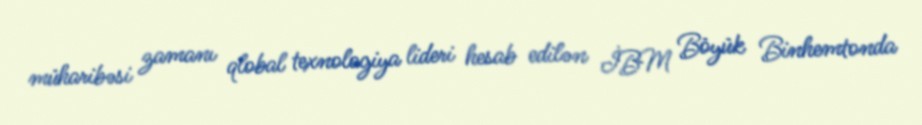
müharibəsi zamanı qlobal texnologiya lideri hesab edilən İBM Böyük Binhemtonda